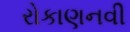
રોકાણનવી